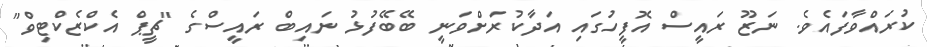
ކުރައްވާފައެެވެ. ނަޒޫ ރައީސް އޮފީހުގައި އަދާކުރަށްވަނީ ބޭބޭފުޅު ނައިބް ރައީސްގެ "ޗީޕް އެކްޒެކްޓިވް"